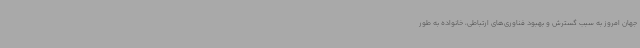
جهان امروز به سبب گسترش و بهبود فناوری‌های ارتباطی، خانواده به طور